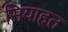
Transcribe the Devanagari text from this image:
सियाहत